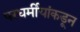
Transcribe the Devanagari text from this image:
परधर्मीयांकडून